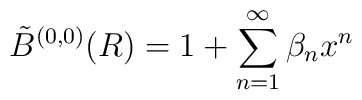
\tilde B^{(0,0)}(R) = 1 + \sum_{n=1}^\infty \beta_n x^n